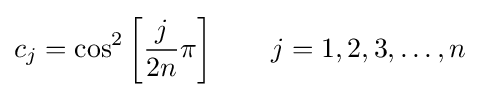
c_{j}=\cos ^{2}\left[{\frac {j}{2n}}\pi \right]\qquad j=1,2,3,\ldots ,n